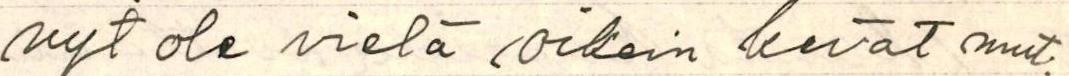
nyt ole vielä oikein kevät mut